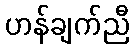
ဟန်ချက်ညီ